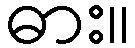
ဓား။